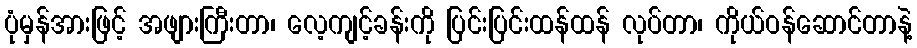
ပုံမှန်အားဖြင့် အဖျားကြီးတာ၊ လေ့ကျင့်ခန်းကို ပြင်းပြင်းထန်ထန် လုပ်တာ၊ ကိုယ်ဝန်ဆောင်တာနဲ့